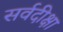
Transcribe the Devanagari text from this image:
सर्वदीक्षा